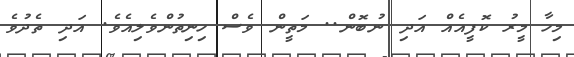
މިހާ މީރު ކޮފީއެއް އަދި ނުބޮން.. މަތީން ވެސް ހިނިތުންވެލިއެވެ. އަދި ތެދުވެ